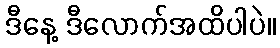
ဒီနေ့ ဒီလောက်အထိပါပဲ။